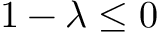
1 - \lambda \leq 0